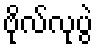
ဗိုလ်လုပွဲ